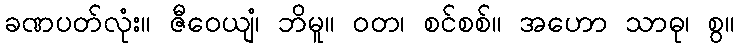
ခဏပတ်လုံး။ ဇီဝေယျံ၊ ဘိမူ။ ဝတ၊ စင်စစ်။ အဟော သာဓု၊ စွ။